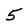
Character: 5